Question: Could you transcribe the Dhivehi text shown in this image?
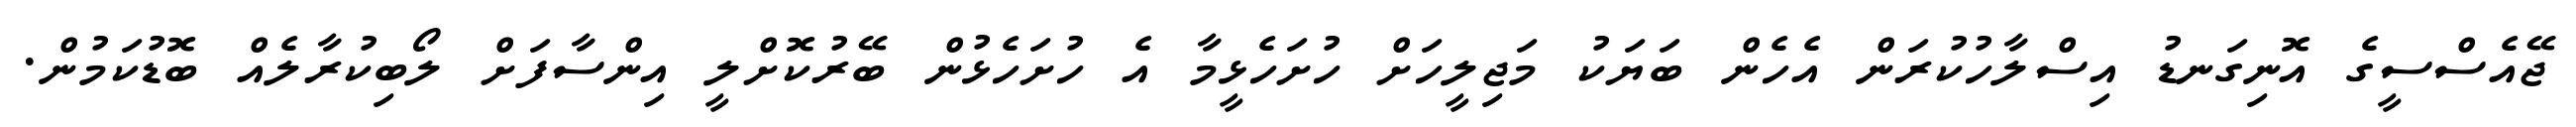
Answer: ޖޭއެސްސީގެ އޮނިގަނޑު އިސްލާހުކުރަން އެހެން ބަޔަކު މަޖިލީހަށް ހުށަހެޅީމާ އެ ހުށަހެޅުން ބޭރުކޮށްލީ އިންސާފަށް ލޯބިކުރާލެއް ބޮޑުކަމުން.